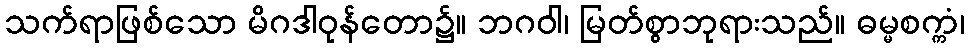
သက်ရာဖြစ်သော မိဂဒါဝုန်တော၌။ ဘဂဝါ၊ မြတ်စွာဘုရားသည်။ ဓမ္မစက္ကံ၊